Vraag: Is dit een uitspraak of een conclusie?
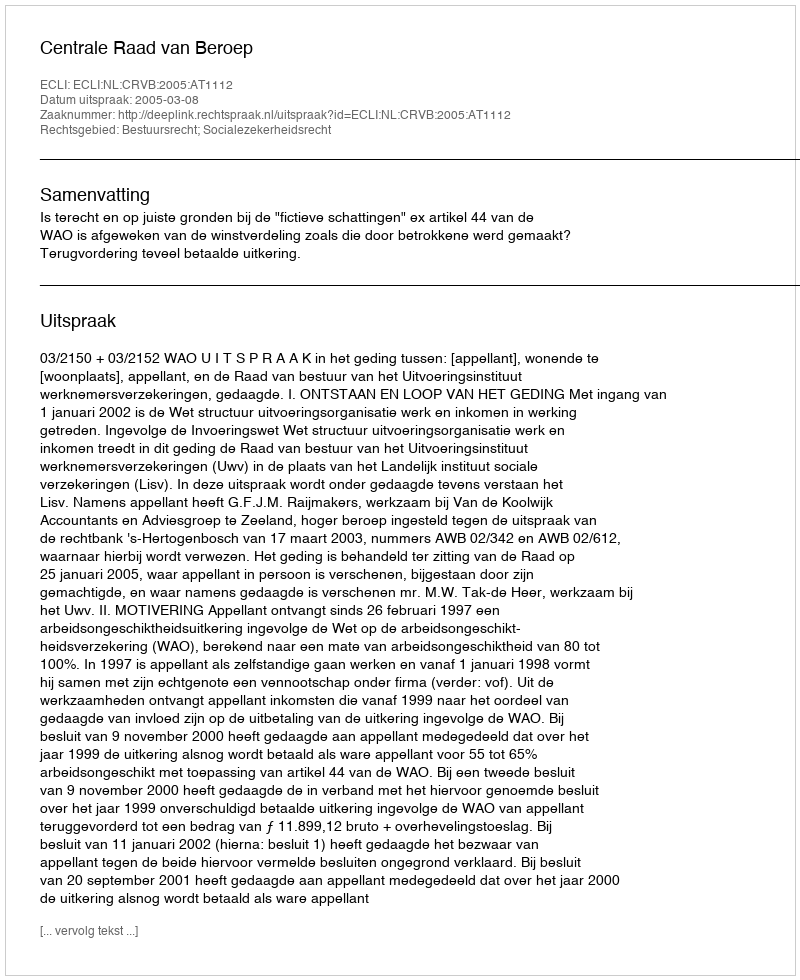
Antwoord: Uitspraak